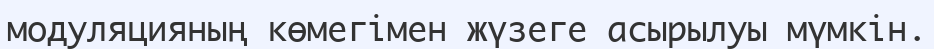
модуляцияның көмегімен жүзеге асырылуы мүмкін.